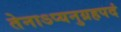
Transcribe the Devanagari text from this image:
तेनाऽप्यनुग्रहपदं